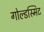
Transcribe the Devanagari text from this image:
गोल्डस्मिट